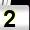
Digit: 2